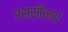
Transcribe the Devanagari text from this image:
एससीवाय